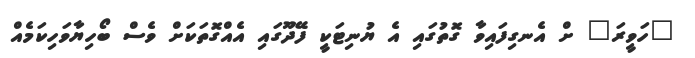
"ހަވީރަ" ށް އެނގިފައިވާ ގޮތުގައި އެ ޔުނިޓަކީ ފޭދޫގައި އެއްގޮތަކަށް ވެސް ބޯހިޔާވަހިކަމެއް